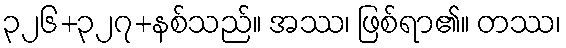
၃၂၆+၃၂၇+နစ်သည်။ အဿ၊ ဖြစ်ရာ၏။ တဿ၊